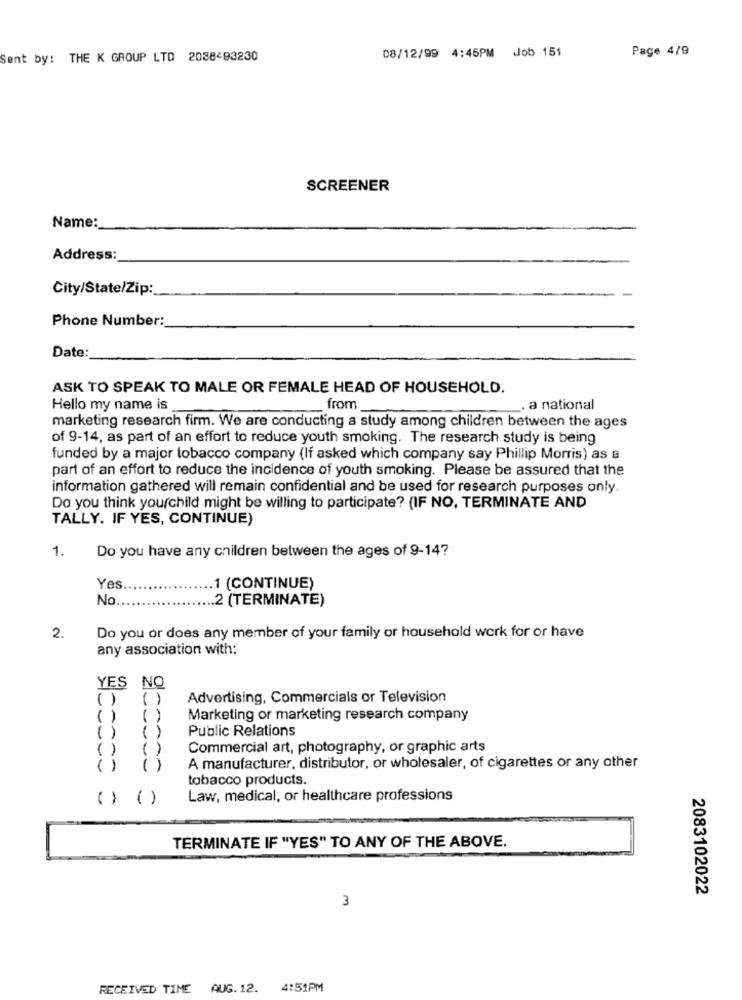
08/12/99 4:45PM Job 151
Page 4/9
Sent by: THE K GROUP LTD 2088493230
SCREENER
Name:
Address:
City/State/Zip:
Phone Number:
Date:
ASK TO SPEAK TO MALE OR FEMALE HEAD OF HOUSEHOLD.
Hello my name is
from
. a national
marketing research firm. We are conducting a study among children between the ages
of 9-14, as part of an effort to reduce youth smoking. The research study is being
funded by a major tobacco company (If asked which company say Phillip Morris) as a
part of an effort to reduce the incidence of youth smoking. Please be assured that the
information gathered will remain confidential and be used for research purposes only.
Do you think yourchild might be willing to participate? (IF NO, TERMINATE AND
TALLY. IF YES, CONTINUE)
1.
Do you have any children between the ages of 9-14?
Yes
.1 (CONTINUE)
No
.2 (TERMINATE)
2.
Do you or does any member of your family or household work for or have
any association with:
YES NO
Advertising, Commercials or Television
( )
( )
Marketing or marketing research company
Public Relations
()
( )
()
( )
Commercial art, photography, or graphic arts
()
A manufacturer, distributor, or wholesaler, of cigarettes or any other
tobacco products.
( ) ( )
Law, medical, or healthcare professions
TERMINATE IF "YES" TO ANY OF THE ABOVE.
2083102022
3
RECEIVED TIME AUG. 12.
4:51PM